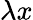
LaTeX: \lambda x